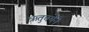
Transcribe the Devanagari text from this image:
ऋतुचर्येने